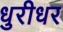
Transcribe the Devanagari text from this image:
धुरीधर